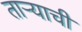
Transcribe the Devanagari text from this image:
ताऱ्‍याची